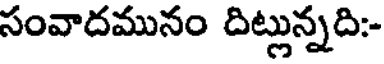
సంవాదమునం దిట్లున్నది:-